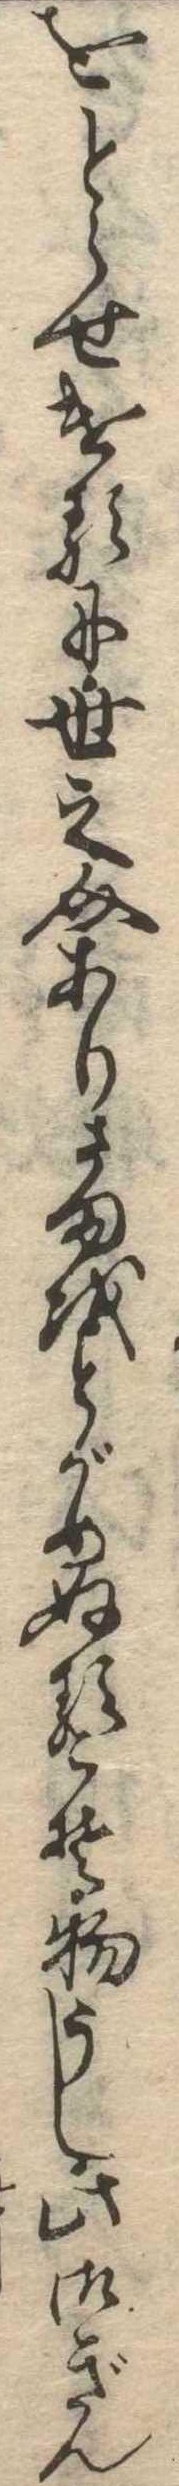
をとらせけるに世之介ありさまをとがめぬるこそ物うし此御ぎん